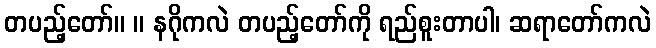
တပည့်တော်။ ။ နဂိုကလဲ တပည့်တော်ကို ရည်စူးတာပါ၊ ဆရာတော်ကလဲ